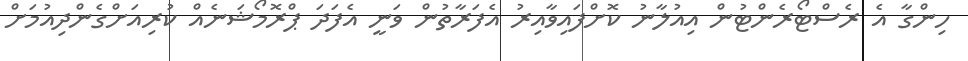
ހިންގާ އެ ރެސްޓޯރެންޓުން އިއުލާނު ކޮށްފައިވާއިރު އެފަރާތުން ވަނީ އެފަދަ ޕްރޮމޯޝަނެއް ކުރިއަށްގެންދިއުމަށް